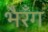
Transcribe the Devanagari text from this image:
भैरँग